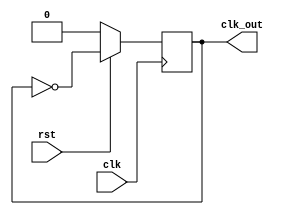
module clock_divider(clk,clk_out ,rst);
input clk,rst;
output reg clk_out;
always@(posedge clk)
begin
if (~rst)
clk_out<=1'b0;
else 
clk_out<=~clk_out;
end
endmodule